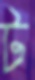
ট